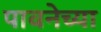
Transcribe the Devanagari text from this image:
पावनेच्या